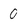
Character: 0